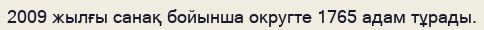
2009 жылғы санақ бойынша округте 1765 адам тұрады.